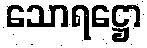
သောရဋ္ဌော